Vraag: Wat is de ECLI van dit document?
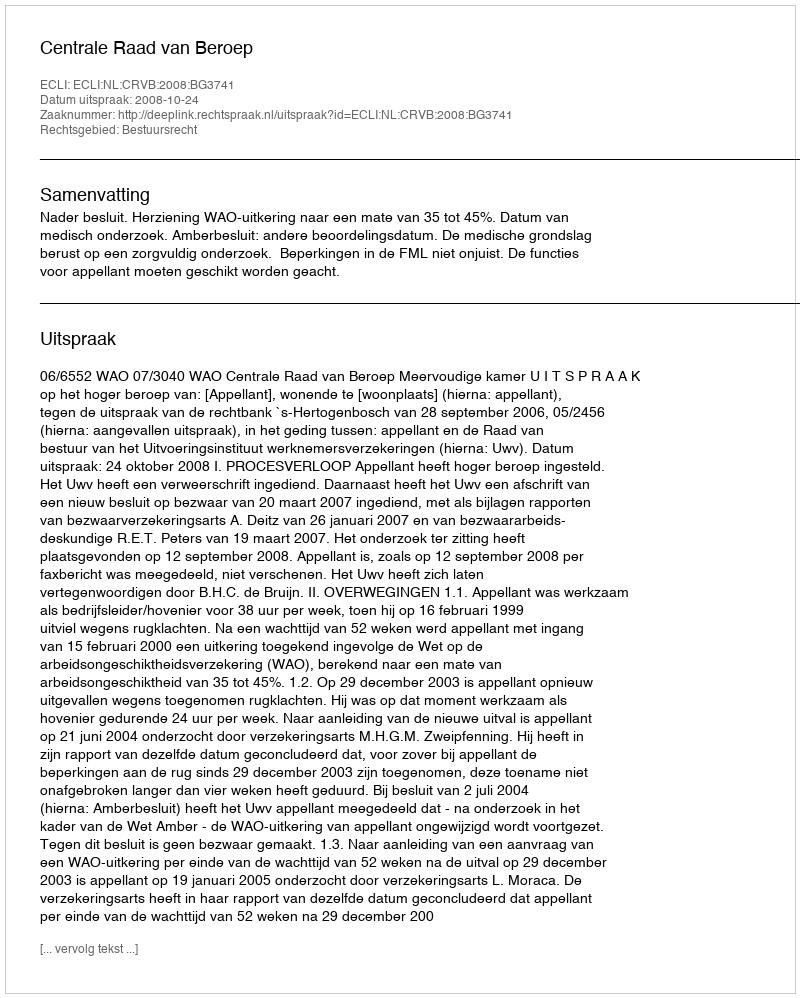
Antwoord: ECLI:NL:CRVB:2008:BG3741